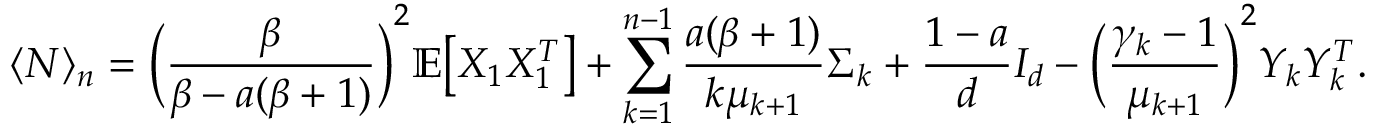
\langle N \rangle _ { n } = \bigg ( \frac { \beta } { \beta - a ( \beta + 1 ) } \bigg ) ^ { 2 } \mathbb { E } \big [ X _ { 1 } X _ { 1 } ^ { T } \big ] + \sum _ { k = 1 } ^ { n - 1 } \frac { a ( \beta + 1 ) } { k \mu _ { k + 1 } } \Sigma _ { k } + \frac { 1 - a } { d } I _ { d } - \bigg ( \frac { \gamma _ { k } - 1 } { \mu _ { k + 1 } } \bigg ) ^ { 2 } Y _ { k } Y _ { k } ^ { T } .